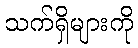
သက်ရှိများကို